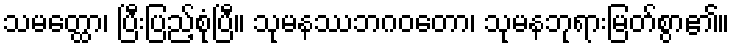
သမတ္ထော၊ ပြီးပြည့်စုံပြီ။ သုမနဿဘဂဝတော၊ သုမနဘုရားမြတ်စွာ၏။